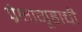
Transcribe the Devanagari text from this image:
प्रेक्षागृहाची